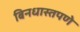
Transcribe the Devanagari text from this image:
बिनधास्तपणे